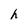
Character: h